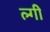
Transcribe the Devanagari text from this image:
ल्गी